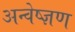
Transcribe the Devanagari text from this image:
अन्वेष्ज्ञण